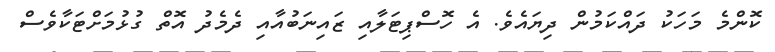
ކޮންމެ މަހަކު ދައްކަމުން ދިޔައެވެ. އެ ހޮސްޕިޓަލާއި ޒައިނަބުއާއި ދެމެދު އޮތް ގުޅުމަށްޓަކާވެސް